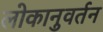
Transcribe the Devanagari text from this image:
लोकानुवर्तन